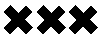
×××